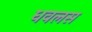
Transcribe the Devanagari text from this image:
धवलस